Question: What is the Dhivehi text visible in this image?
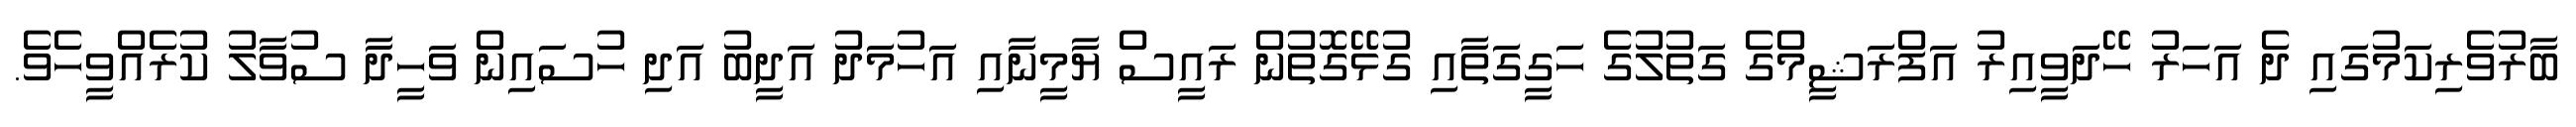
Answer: ބާރުވެރިކަމުގައި ދެ އަހަރު ހޭދަވީއިރު އަފްރަޝީމްގެ ގަތުލުގެ ހަގީގަތާއި ގުޅޭގޮތުން ރައީސް ޔާމީނާއި އަހުމަދު އަދީބު އަދި ހުސައިން ވަހީދާ ސުވާލު ކުރެއްވީހެވެ.